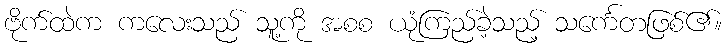
ဗိုက်ထဲက ကလေးသည် သူ့ကို အစစ ယုံကြည်ခဲ့သည့် သင်္ကေတဖြစ်၏။